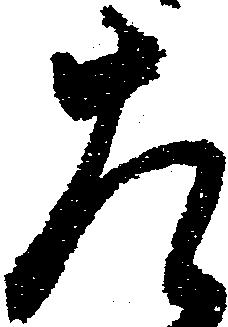
左